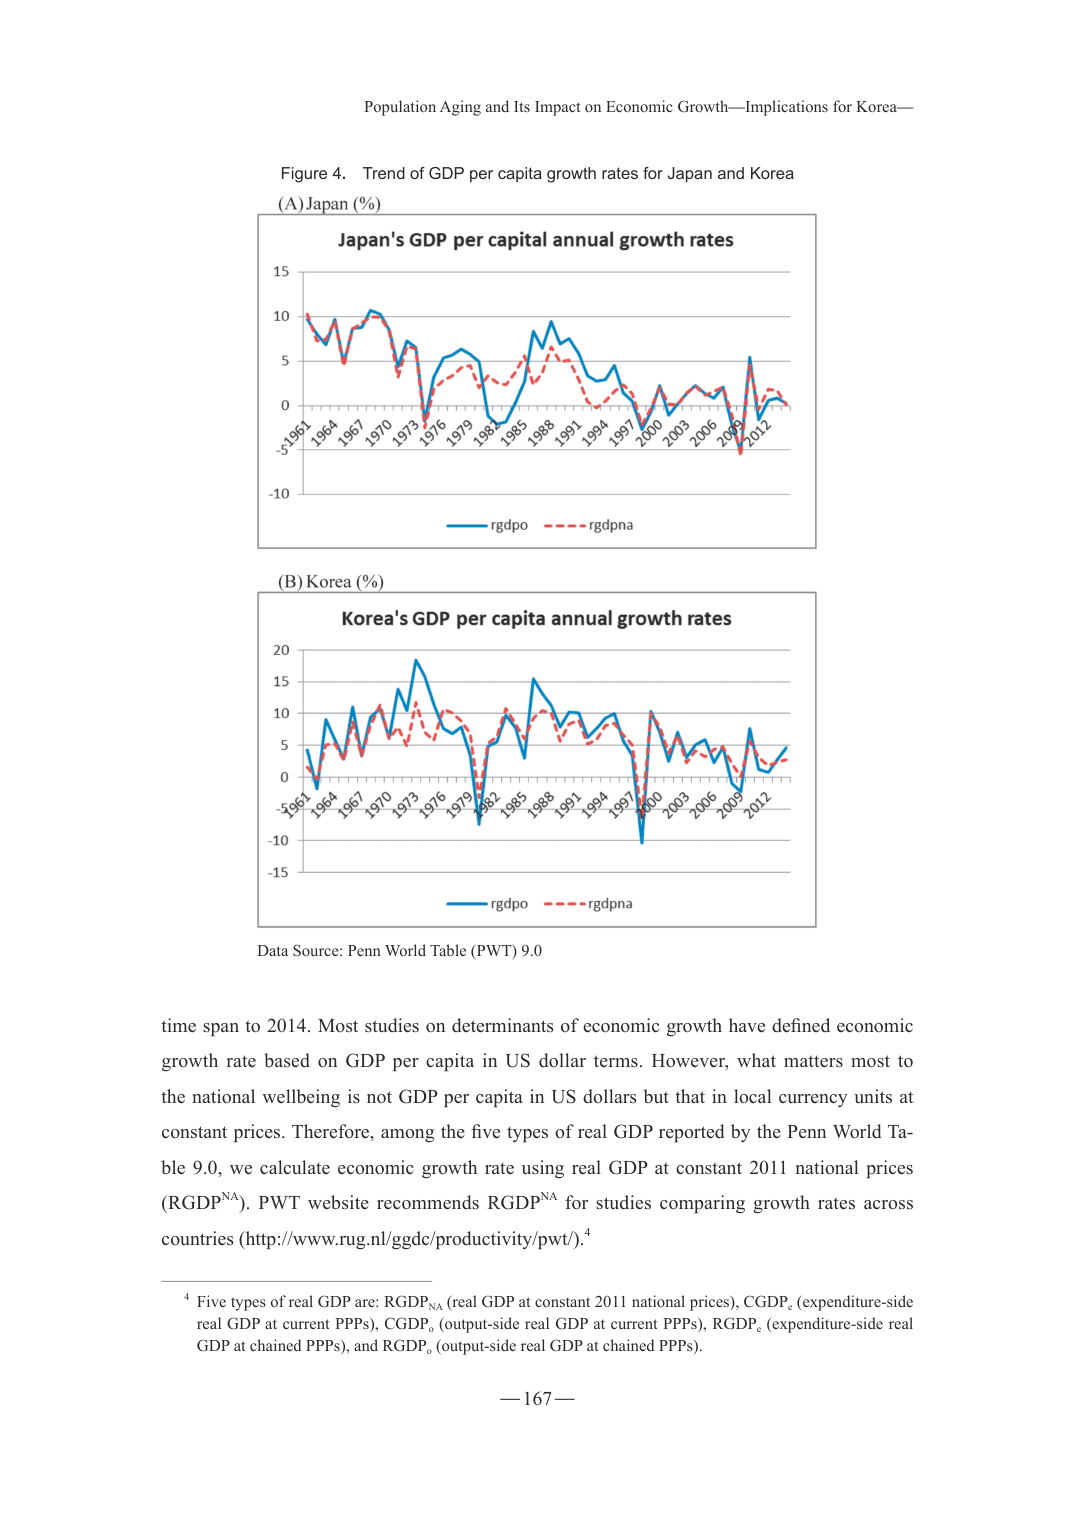
Population Aging and Its Impact on Economic Growth—Implications for Korea—

Figure 4. Trend of GDP per capita growth rates for Japan and Korea

(A) Japan (%)
Japan's GDP per capital annual growth rates
15
10
5
0
-10
1961 1964 1967 1970 1973 1976 1979 1982 1985 1988 1991 1994 2000 2003 2006 2009 2012
rgdpo —— rgdpna

(B) Korea (%)
Korea's GDP per capita annual growth rates
20
15
10
5
0
-10
-15
1961 1964 1967 1970 1973 1976 1979 1982 1985 1988 1991 1994 2000 2003 2006 2009 2012
rgdpo —— rgdpna

Data Source: Penn World Table (PWT) 9.0

time span to 2014. Most studies on determinants of economic growth have defined economic growth rate based on GDP per capita in US dollar terms. However, what matters most to the national wellbeing is not GDP per capita in US dollars but that in local currency units at constant prices. Therefore, among the five types of real GDP reported by the Penn World Table 9.0, we calculate economic growth rate using real GDP at constant 2011 national prices (RGDPNA). PWT website recommends RGDPNA for studies comparing growth rates across countries (http://www.rug.nl/ggdc/productivity/pwt/).4

4 Five types of real GDP are: RGDPNA (real GDP at constant 2011 national prices), CGDPc (expenditure-side real GDP at current PPPs), CGDPO (output-side real GDP at current PPPs), RGDPc (expenditure-side real GDP at chained PPPs), and RGDPo (output-side real GDP at chained PPPs).

— 167 —